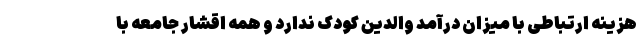
هزینه ارتباطی با میزان درآمد والدین کودک ندارد و همه اقشار جامعه با